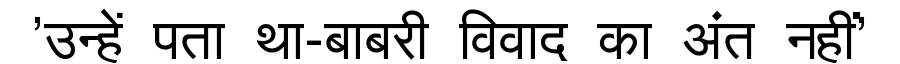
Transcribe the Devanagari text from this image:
'उन्हें पता था-बाबरी विवाद का अंत नहीं'